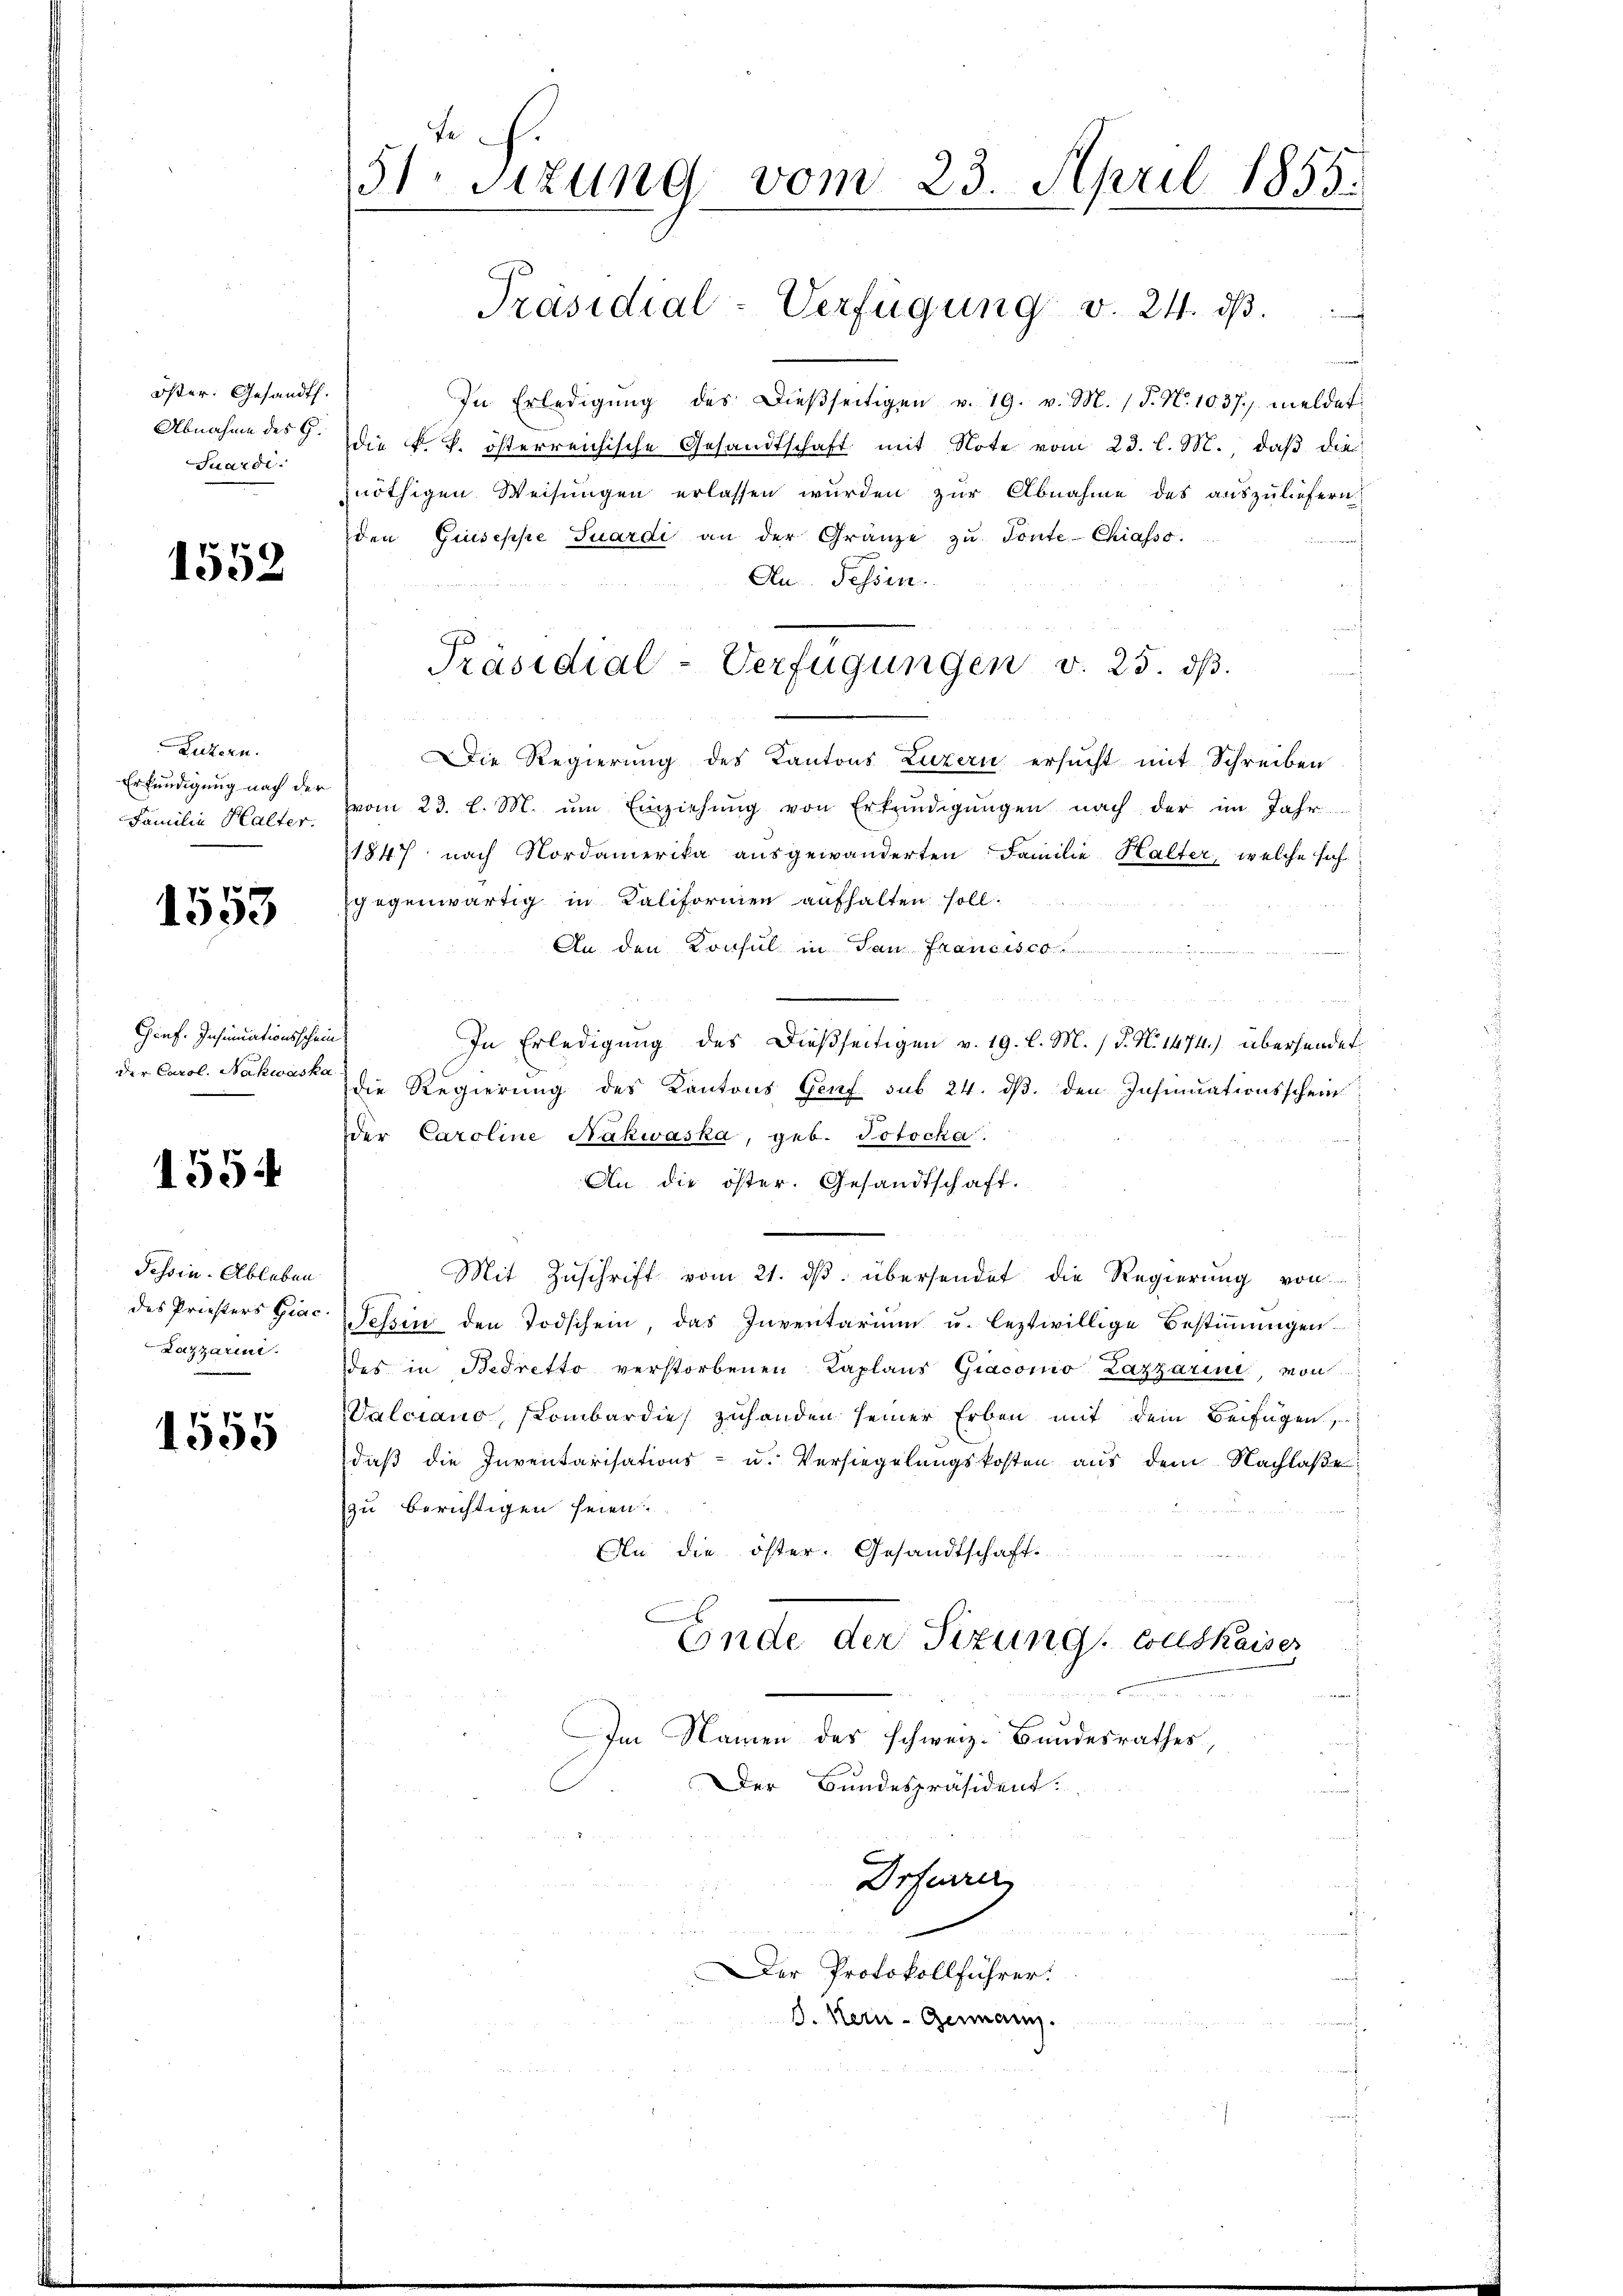
öster. Gesandt.
Abnahme des G.
Juardi.

1552

Luzern.
Erkundigung nach der
Familie Halter.

1553

Genf. Insinuationsschein
der Carol. Nachwaska

1554

Tessin. Ableben
des Priesters Giac
Lazzarii.

1555

fe
51 sizung vom 23. April 1855.

In Erledigŭng des Dieβseitigen v. 19. v. M. (T. N. 1037. meldet
die k. k. österreichische Gesandtschaft mit Note vom 23. l. M. daß die
nöthigen Weisungen erlassen wurden zur Abnahme des auszuliefern
den Guiseppe Tuardi an der Gränze zŭ Tonte-Chiasso
An Fessen.
Die Regierung des Kantons Luzern ersucht mit Schreiben
vom 23. l. M. um Einziehung von Erkundigungen nach der im Jahr
1847 nach Nordamerika ausgewänderten Familie Halter, welche sich
gegenwärtig in Kaliformen aufhalten soll.
An den Konsul in San Francisco
u
In Erledigung des Dießseitigen v. 19. l. M. / P. N. 1474.) übersendet
die Regierung des Kantons Genf sub 24. dβ. den Insinuationsschein
der Caroline Näkwaska, geb. Jotocka
An die öster. Gesandtschaft.
Mit Zuschrift vom 21. dβ übersendet die Regierung von
Tessin den Todschein, das Inventarium u. leztwillige Bestimmungen
des in Bedretto verstorbenen Kaplans Giacomo Lazzarine, von
Valciano, sombardies zuhanden seiner Erben mit dem Beifügen,
daß die Inventarisations- u. Versiegelungskosten aus dem Nachlaße
zu berichtigen seien.
An die öster. Gesandtschaft.
E
Ende der Sitzung, Couldkaiser
d
Im Namen des schweiz. Bundesrathes,
Der Bundespräsident.

Präsidial-Verfügung v. 24. ds.

Präsidial-Verfügungen v. 25. dβ.

Drfeurer
er Protokollführer:
J. Kern- Germann.